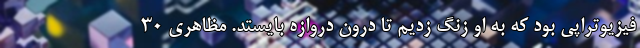
فیزیوتراپی بود که به او زنگ زدیم تا درون دروازه بایستد. مظاهری 30